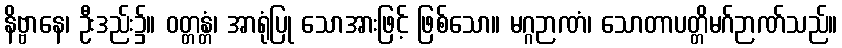
နိဗ္ဗာနေ၊ ဦးဒည်း၌။ ဝတ္တန္တံ၊ အာရုံပြု သောအားဖြင့် ဖြစ်သော။ မဂ္ဂဉာဏံ၊ သောတာပတ္တိမဂ်ဉာဏ်သည်။